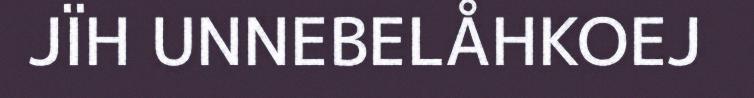
JÏH UNNEBELÅHKOEJ